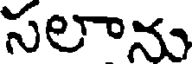
సలాను